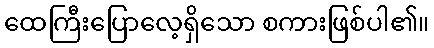
ထေကြီးပြောလေ့ရှိသော စကားဖြစ်ပါ၏။